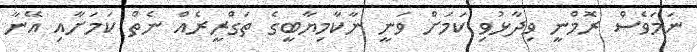
ނަމަވެސް ރޮމްނީ ވިދާޅުވި ކަމަށް ވަނީ ނާކާމިޔާބީގެ ތަގްރީރެއް ނެތް ކަމަށާއި އޭނާ